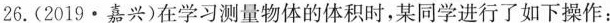
26.(2019·嘉兴)在学习测量物体的体积时，某同学进行了如下操作：